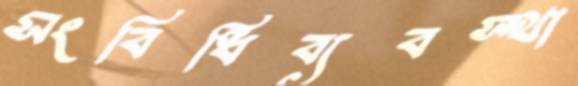
সংবিধিব্যবস্থা